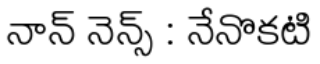
నాన్ నెన్స్ : నేనొకటి